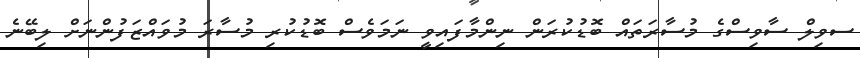
ސވިލް ސާވިސްގެ މުސާރަަތައް ބޮޑުކުރަން ނިންމާފައިވީ ނަމަވެސް ބޮޑުކުރި މުސާރަ މުވައްޒަފުންނަށް ލިބޭޭނެ